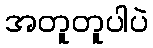
အတူတူပါပဲ